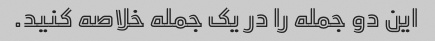
این دو جمله را در یک جمله خلاصه کنید.